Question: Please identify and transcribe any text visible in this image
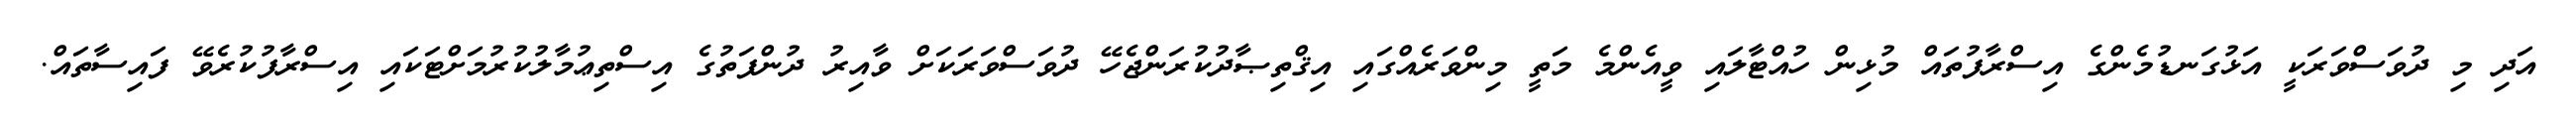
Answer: އަދި މި ދުވަސްވަރަކީ އަޅުގަނޑުމެންގެ އިސްރާފުތައް މުޅިން ހުއްޓާލައި ވީއެންމެ މަތީ މިންވަރެއްގައި އިޤްތިޞާދުކުރަންޖެހޭ ދުވަސްވަރަކަށް ވާއިރު ދުންފަތުގެ އިސްތިޢުމާލުކުރުމަށްޓަކައި އިސްރާފުކުރެވޭ ފައިސާތައް.